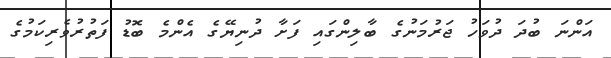
އަންނަ ބުދަ ދުވަހު ޖަރުމަނުގެ ބާލިންގައި ފަށާ ދުނިޔޭގެ އެންމެ ބޮޑު ފަތުރުވެރިކަމުގެ